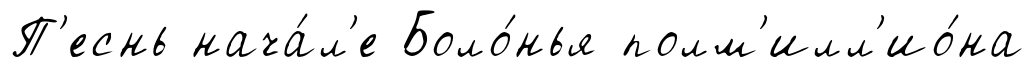
П'еснь нача́л'е Боло́нья полм'илл'ио́на